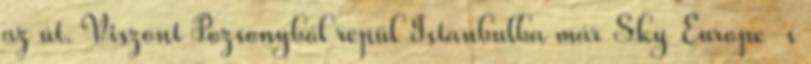
az út. Viszont Pozsonyból repül Istanbulba már Sky Europe-s